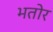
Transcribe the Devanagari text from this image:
भतोर